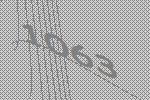
1063